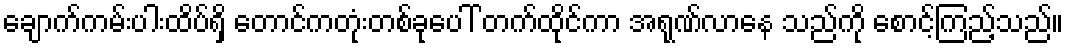
ချောက်ကမ်းပါးထိပ်ရှိ တောင်ကတုံးတစ်ခုပေါ် တက်ထိုင်ကာ အရုဏ်လာနေ သည်ကို စောင့်ကြည့်သည်။